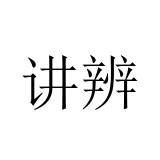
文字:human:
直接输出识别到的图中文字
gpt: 讲辨